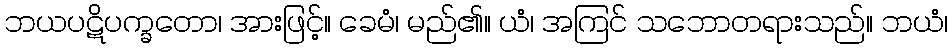
ဘယပဋိပက္ခတော၊ အားဖြင့်။ ခေမံ၊ မည်၏။ ယံ၊ အကြင် သဘောတရားသည်။ ဘယံ၊